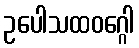
ဥပေါသထဝဂ္ဂေါ